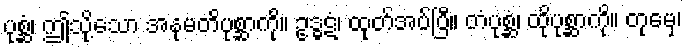
ပုစ္ဆံ၊ ဤသို့သော အနုမတိပုစ္ဆာကို။ ဥဒ္ဓဋံ၊ ထုတ်အပ်ပြီ။ တံပုစ္ဆံ၊ ထိုပုစ္ဆာကို။ တုမှေ၊